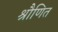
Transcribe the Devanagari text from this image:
श्रौणित